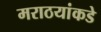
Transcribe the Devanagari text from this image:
मराठयांकडे